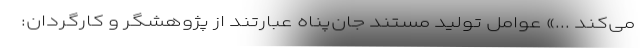
می‌کند ...» عوامل تولید مستند جان‌پناه عبارتند از پژوهشگر و کارگردان: